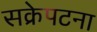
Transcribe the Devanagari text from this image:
सक्रेपटना